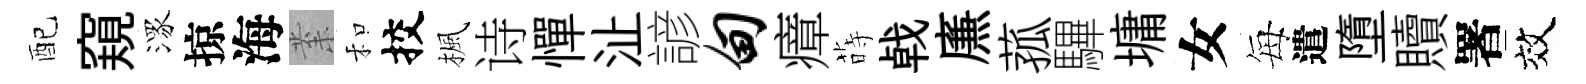
配窺潈掠海𭪙和挍楓诗憚沚諺甸瘴蒔㦸㢘菰驆墉女每遣墮贖署效